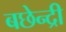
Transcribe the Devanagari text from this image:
बछेन्द्री